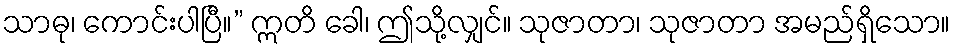
သာဓု၊ ကောင်းပါပြီ။” ဣတိ ခေါ၊ ဤသို့လျှင်။ သုဇာတာ၊ သုဇာတာ အမည်ရှိသော။